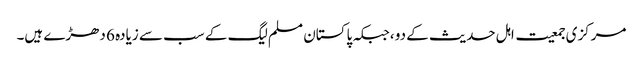
مرکزی جمعیت اہل حدیث کے دو ،جبکہ پاکستان مسلم لیگ کے سب سے زیادہ 6 دھڑے ہیں۔